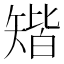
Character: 𥏪